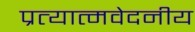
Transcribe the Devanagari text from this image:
प्रत्यात्मवेदनीय